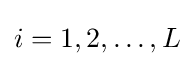
i=1,2,\ldots ,L